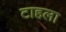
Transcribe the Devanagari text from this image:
टाहला